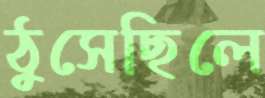
ঠুসেছিলে